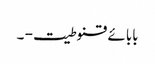
بابائے قنوطیت - ۔